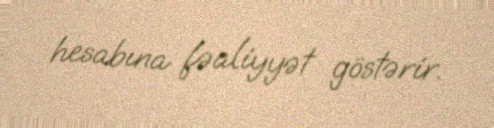
hesabına fəaliyyət göstərir.